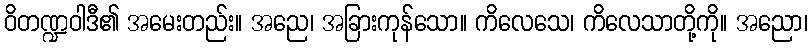
ဝိတဏ္ဍဝါဒီ၏ အမေးတည်း။ အညေ၊ အခြားကုန်သော။ ကိလေသေ၊ ကိလေသာတို့ကို။ အညော၊